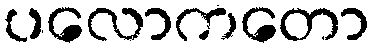
ပလောကတော